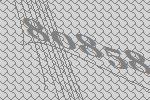
80858